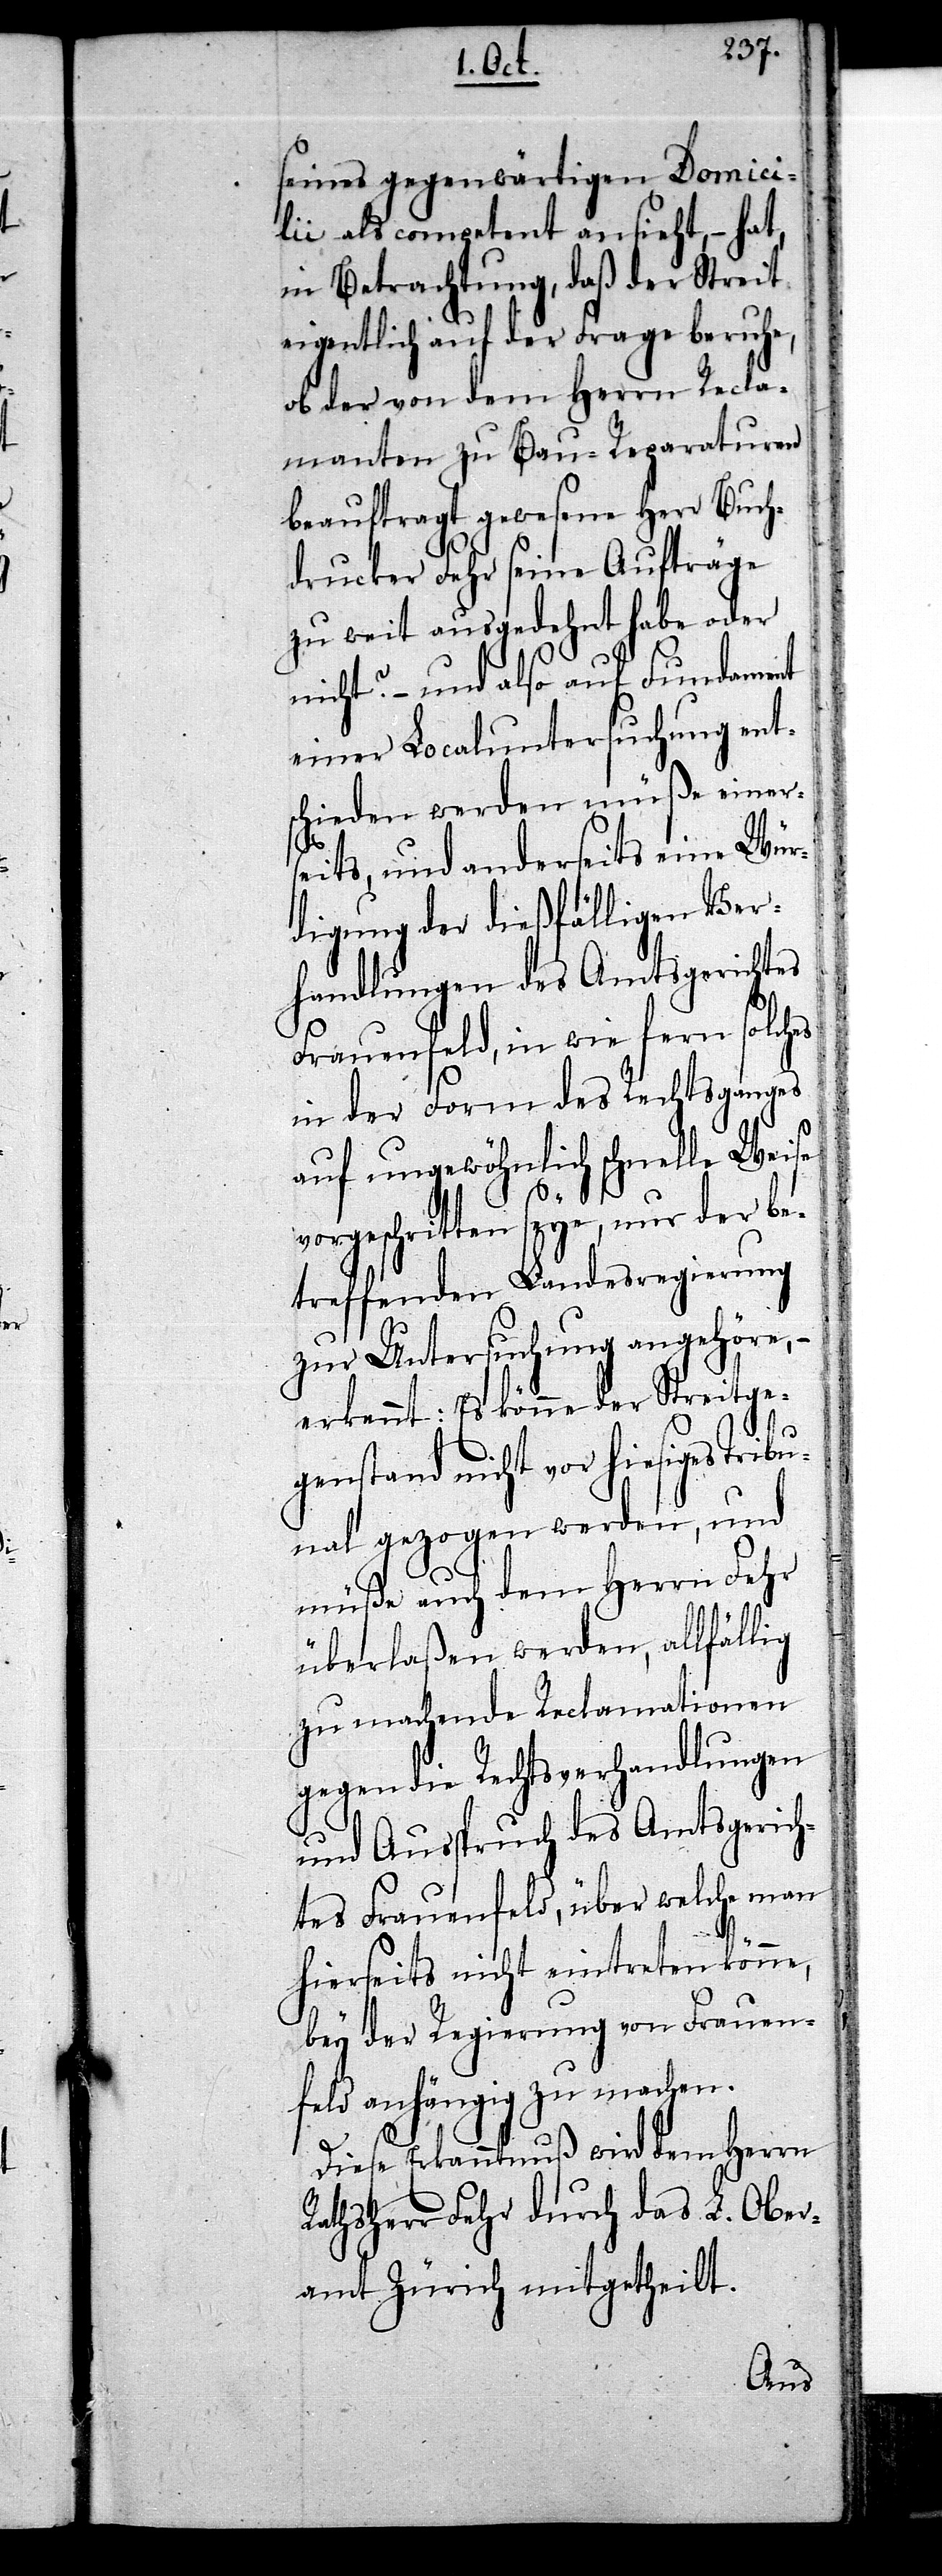
seines gegenwärtigen Domici¬
lii als competent ansieht, – hat,
in Betrachtung, daß der Streit
eigentlich auf der Frage beruhe,
ob der von dem Herrn Recla¬
manten zu Bau-Reparaturen
beauftragt gewesene Herr Buch¬
drucker Fehr seine Aufträge
zu weit ausgedehnt habe oder
nicht? – und also auf Fundament
einer Localuntersuchung ent¬
schieden werden müße einer¬
seits, und anderseits eine Wür¬
digung der dießfälligen Ver¬
handlungen des Amtsgerichtes
Frauenfeld, in wie fern solches
in der Form des Rechtsganges
auf ungewöhnlich schnelle Weise
vorgeschritten seye, nur der be¬
treffenden Landesregierung
zur Untersuchung angehöre,
erkennt: Es könne der Streitge¬
genstand nicht vor hiesiges Trib¬
unal gezogen werden, und
müße auch dem Herrn Fehr
überlaßen werden, allfällig
zu machende Reclamationen
gegen die Rechtsverhandlungen
und Ausspruch des Amtsgerich¬
tes Frauenfeld, über welche man
hierseits nicht eintreten könne,
bey der Regierung von Frauen¬
feld anhängig zu machen.
Diese Erkanntnuß wird dem Herrn
Rathsherr Fehr durch das L. Ober¬
amt Zürich mitgetheilt.